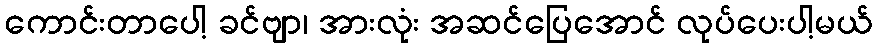
ကောင်းတာပေါ့ ခင်ဗျာ၊ အားလုံး အဆင်ပြေအောင် လုပ်ပေးပါ့မယ်